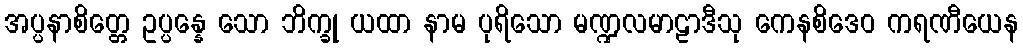
အပ္ပနာစိတ္တေ ဥပ္ပန္နေ သော ဘိက္ခု ယထာ နာမ ပုရိသော မဏ္ဍလမာဠာဒီသု ကေနစိဒေဝ ကရဏီယေန